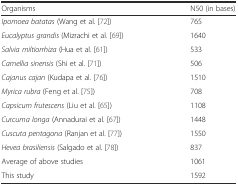
<table><thead><tr><td><b>Organisms</b></td><td><b>N50 (in bases)</b></td></tr></thead><tbody><tr><td><i>Ipomoea batatas</i> (Wang et al. [72])</td><td>765</td></tr><tr><td><i>Eucalyptus grandis</i> (Mizrachi et al. [69])</td><td>1640</td></tr><tr><td><i>Salvia miltiorrhiza</i> (Hua et al. [61])</td><td>533</td></tr><tr><td><i>Camellia sinensis</i> (Shi et al. [71])</td><td>506</td></tr><tr><td><i>Cajanus cajan</i> (Kudapa et al. [76])</td><td>1510</td></tr><tr><td><i>Myrica rubra</i> (Feng et al. [75])</td><td>708</td></tr><tr><td><i>Capsicum frutescens</i> (Liu et al. [65])</td><td>1108</td></tr><tr><td><i>Curcuma longa</i> (Annadurai et al. [67])</td><td>1448</td></tr><tr><td><i>Cuscuta pentagona</i> (Ranjan et al. [77])</td><td>1550</td></tr><tr><td><i>Hevea brasiliensis</i> (Salgado et al. [78])</td><td>837</td></tr><tr><td>Average of above studies</td><td>1061</td></tr><tr><td>This study</td><td>1592</td></tr></tbody></table>